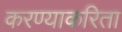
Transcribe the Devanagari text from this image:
करण्‍याकरिता